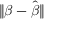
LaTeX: \| { \boldsymbol { \beta } } - { \hat { \boldsymbol { \beta } } } \|